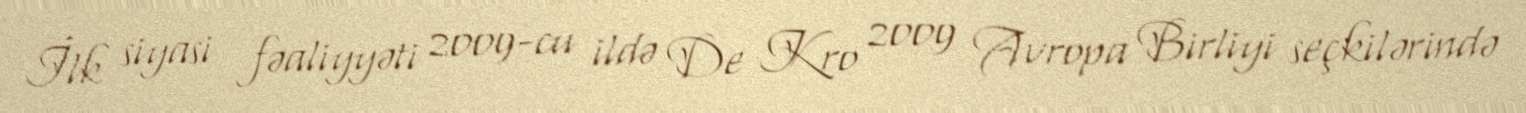
İlk siyasi fəaliyyəti 2009-cu ildə De Kro 2009 Avropa Birliyi seçkilərində